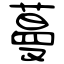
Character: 蔓